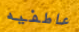
عاطفيه